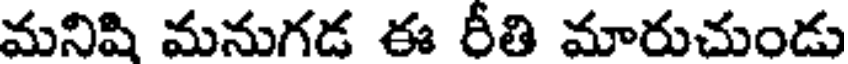
మనిషి మనుగడ ఈ రీతి మారుచుండు